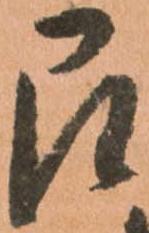
即